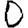
Digit: 0